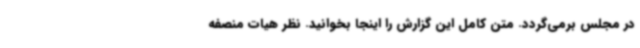
در مجلس برمی‌گردد. متن کامل این گزارش را اینجا بخوانید. نظر هیات منصفه